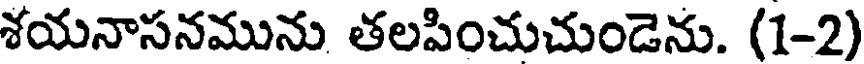
శయనాసనమును తలపించుచుండెను. (1-2)